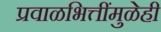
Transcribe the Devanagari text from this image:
प्रवाळभित्तींमुळेही